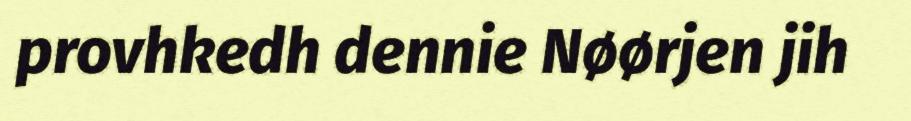
provhkedh dennie Nøørjen jih